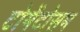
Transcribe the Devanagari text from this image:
टोमेंटोसम